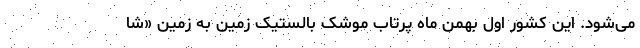
می‌شود. این کشور اول بهمن ماه پرتاب موشک بالستیک زمین به زمین «شا